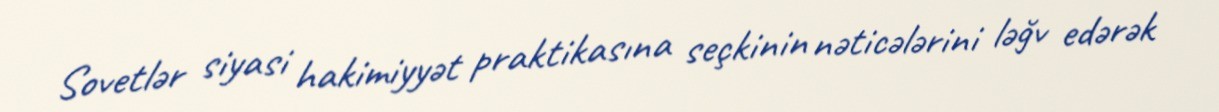
Sovetlər siyasi hakimiyyət praktikasına seçkinin nəticələrini ləğv edərək